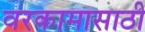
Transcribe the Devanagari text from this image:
वरकामासाठी